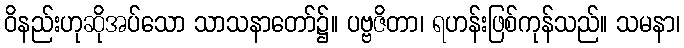
ဝိနည်းဟုဆိုအပ်သော သာသနာတော်၌။ ပဗ္ဗဇိတာ၊ ရဟန်းဖြစ်ကုန်သည်။ သမနာ၊